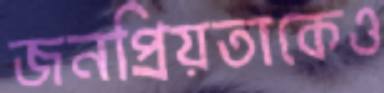
জনপ্রিয়তাকেও